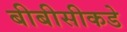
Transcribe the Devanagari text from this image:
बीबीसीकडे